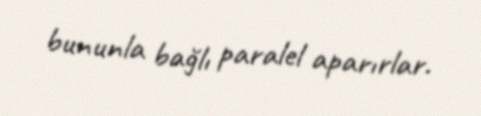
bununla bağlı paralel aparırlar.